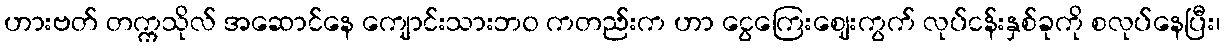
ဟားဗတ် တက္ကသိုလ် အဆောင်နေ ကျောင်းသားဘ၀ ကတည်းက ဟာ ငွေကြေးဈေးကွက် လုပ်ငန်းနှစ်ခုကို စလုပ်နေပြီး၊